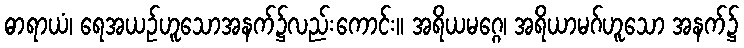
ဓာရာယံ၊ ရေအယဉ်ဟူသောအနက်၌လည်းကောင်း။ အရိယမဂ္ဂေ၊ အရိယာမဂ်ဟူသော အနက်၌